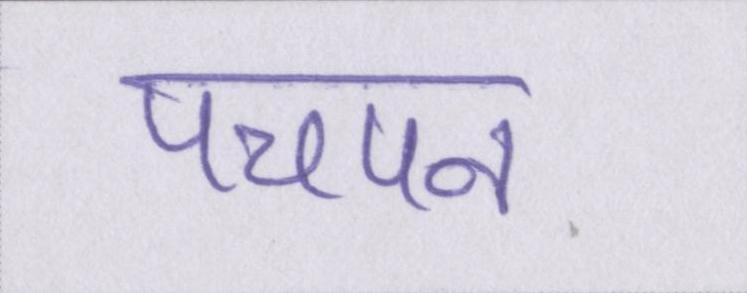
पचपन